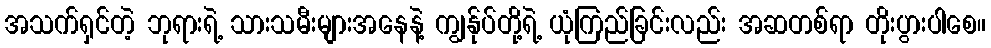
အသက်ရှင်တဲ့ ဘုရားရဲ့ သားသမီးများအနေနဲ့ ကျွန်ုပ်တို့ရဲ့ ယုံကြည်ခြင်းလည်း အဆတစ်ရာ တိုးပွားပါစေ။